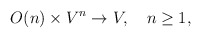
\begin{align*}O(n) \times V^n \rightarrow V, \quad n \geq 1,\end{align*}